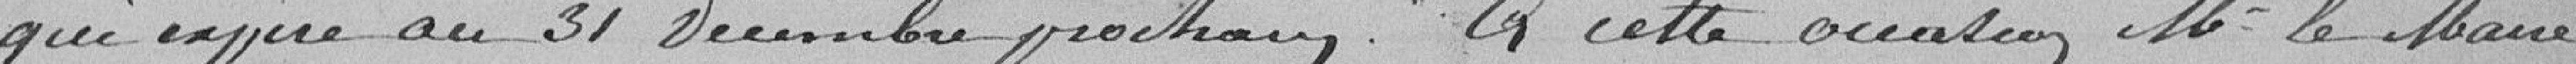
qui expire au 31 décembre prochain. A cette occasion, Monsieur Le Maire